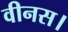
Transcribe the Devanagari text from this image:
वीनस।